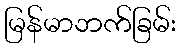
မြန်မာဘက်ခြမ်း